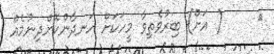
٣     ( އަށް) ބިރުވެތިވާ މީހަކަށް ހަނދާންކޮށްދިނުމެއް